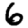
Digit: 6